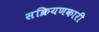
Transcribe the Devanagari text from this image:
सक्रियणकारी